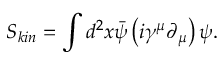
S _ { k i n } = \int d ^ { 2 } x \bar { \psi } \left( i \gamma ^ { \mu } \partial _ { \mu } \right) \psi .